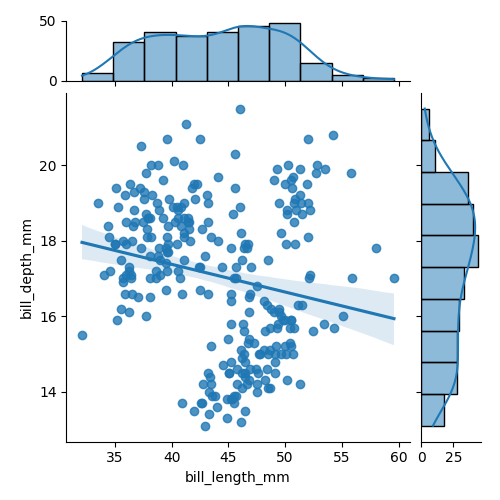
python, seaborn, jointplot, kind='reg', height='5', ratio='5', marginal_ticks='True'